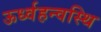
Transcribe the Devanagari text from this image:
ऊर्ध्वहन्वस्थि